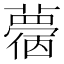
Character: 𧁌